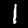
Label: 1